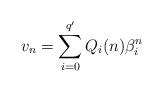
LaTeX: \begin{align*}v_n=\sum_{i=0}^{q'}Q_i(n)\beta_i^n\end{align*}